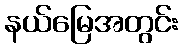
နယ်မြေအတွင်း